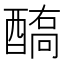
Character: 𨢗